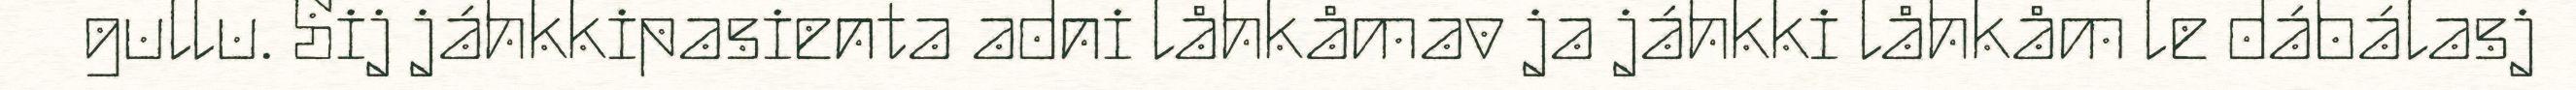
gullu. Sij jáhkkipasienta adni låhkåmav ja jáhkki låhkåm le dábálasj